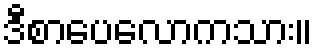
ဒီစာပေလောကသား။